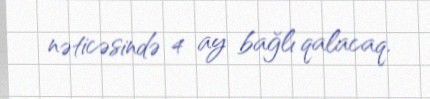
nəticəsində 4 ay bağlı qalacaq.